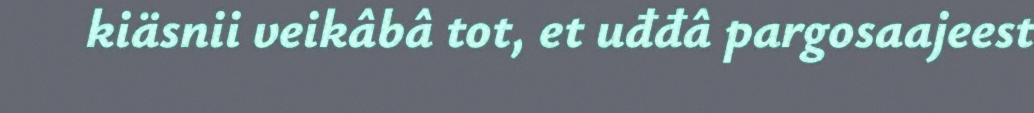
kiäsnii veikâbâ tot, et uđđâ pargosaajeest